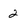
Character: 2